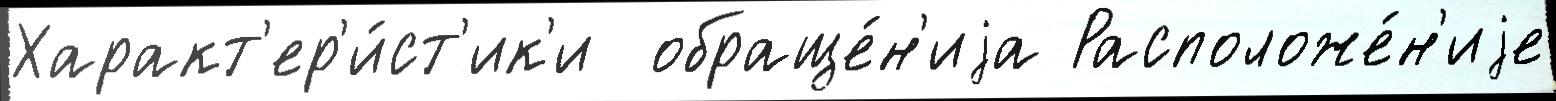
Характ'ер'и́ст'ик'и  обраще́н'иjа Расположе́н'иjе